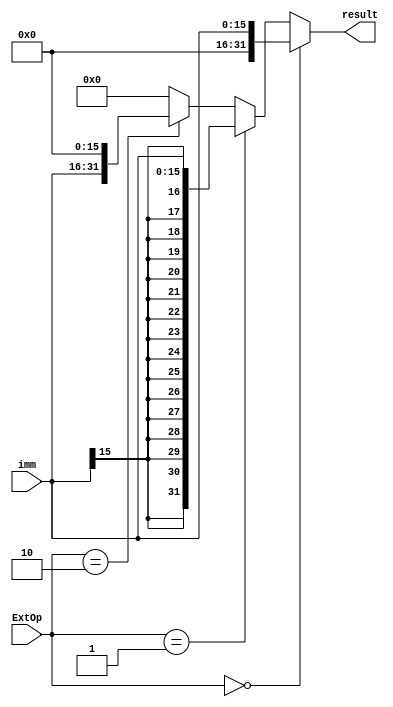
module extend(imm, ExtOp, result);
    input [15:0] imm;
    input [1:0] ExtOp;
    output [31:0] result;

    assign result = (ExtOp==2'b00)? {16'h0000,imm}:
                    (ExtOp==2'b01)? {{16{imm[15]}},imm[15:0]}:  
                    (ExtOp==2'b10)? {imm, 16'h0000} : 0;            
endmodule